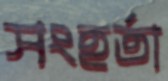
সংহর্তা